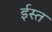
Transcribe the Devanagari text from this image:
ईस्त